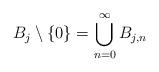
LaTeX: \begin{align*}B_{j}\setminus\{0\}=\bigcup_{n=0}^{\infty}B_{j, n}\end{align*}